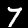
Label: 7